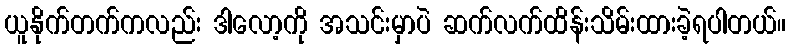
ယူနိုက်တက်ကလည်း ဒါလော့ကို အသင်းမှာပဲ ဆက်လက်ထိန်းသိမ်းထားခဲ့ရပါတယ်။